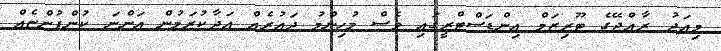
މިއަދު ރާއްޖޭގެ ޓޫރިޒަމް އިންޑަސްޓްރީގައި ވެސް މުހިންމު ދައުރެއް އަދާކުރަމުން އަންނަ ކުންފުންޏެއް